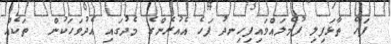
ފަހެ ތާޅަފިލި ފުމެލައްވައިފިހިނދު ފަހެ އެއުރެންގެ މެދުގައި އެދުވަހަކުން  ތަކެއް